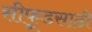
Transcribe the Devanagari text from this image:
सीफूडसाठी